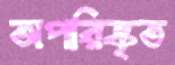
অপরিষ্কৃত